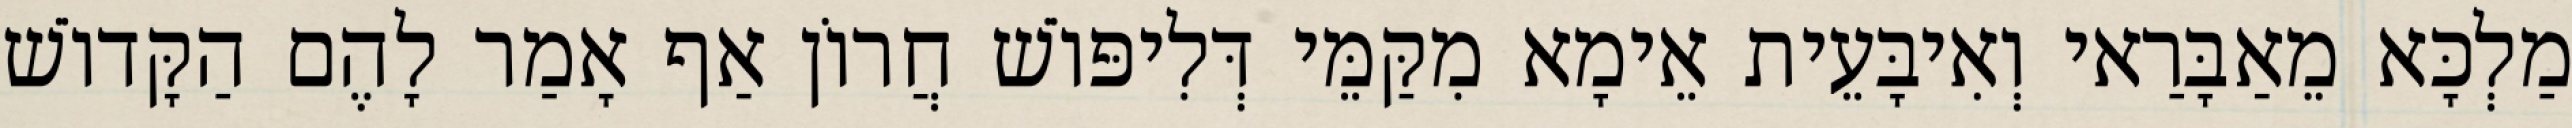
מַלְכָּא מֵאַבָּרַאי וְאִיבָּעֵית אֵימָא מִקַּמֵּי דְּלִיפּוֹשׁ חֲרוֹן אַף אָמַר לָהֶם הַקָּדוֹשׁ